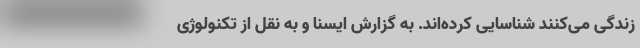
زندگی می‌کنند شناسایی کرده‌اند. به گزارش ایسنا و به نقل از تکنولوژی